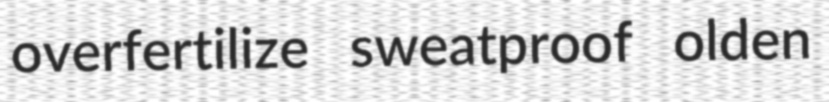
overfertilize sweatproof olden